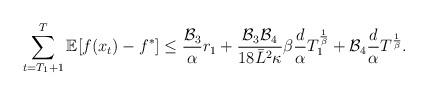
LaTeX: \begin{align*} \sum_{t=T_{1}+1}^{T}\mathbb{E}[f(x_{t})-f^*]\leq \frac{\mathcal{B}_{3}}{\alpha}r_{1}+\frac{\mathcal{B}_{3}\mathcal{B}_{4}}{18\bar{L}^2\kappa}\beta\frac{d}{\alpha} T_{1}^{\frac{1}{\beta}}+\mathcal{B}_{4}\frac{d}{\alpha}T^{\frac{1}{\beta}}.\end{align*}